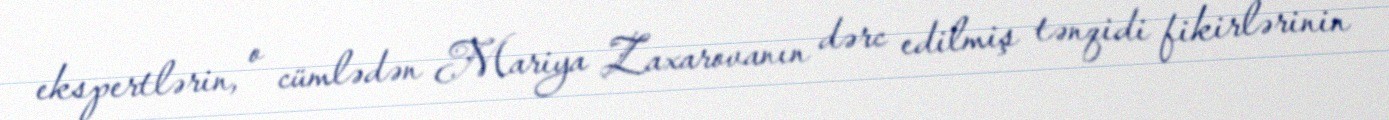
ekspertlərin, o cümlədən Mariya Zaxarovanın dərc edilmiş tənqidi fikirlərinin